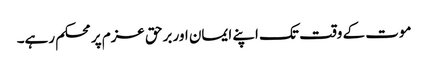
موت کے وقت تک اپنے ایمان اور برحق عزم پر محکم رہے۔